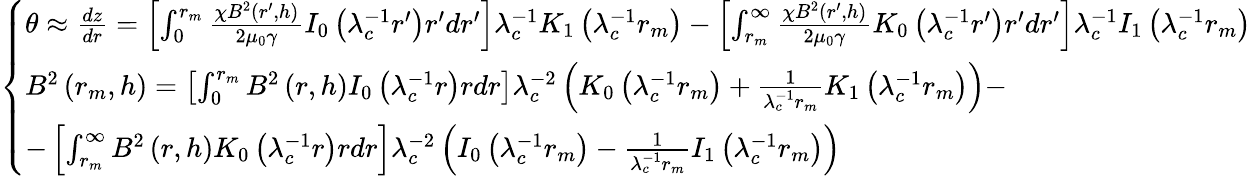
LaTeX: \left\{ \begin{array}{ll}{\theta\approx\frac{dz}{dr}=\left[\int_{0}^{r_{m}}\frac{\chi B^{2}\left(r^{\prime},h\right)}{2\mu_{0}\gamma}I_{0}\left(\lambda_{c}^{-1}r^{\prime}\right)r^{\prime}dr^{\prime}\right]\lambda_{c}^{-1}K_{1}\left(\lambda_{c}^{-1}r_{m}\right)-\left[\int_{r_{m}}^{\infty}\frac{\chi B^{2}\left(r^{\prime},h\right)}{2\mu_{0}\gamma}K_{0}\left(\lambda_{c}^{-1}r^{\prime}\right)r^{\prime}dr^{\prime}\right]\lambda_{c}^{-1}I_{1}\left(\lambda_{c}^{-1}r_{m}\right)}\\ {B^{2}\left(r_{m},h\right)=\left[\int_{0}^{r_{m}}B^{2}\left(r,h\right)I_{0}\left(\lambda_{c}^{-1}r\right)rdr\right]\lambda_{c}^{-2}\left(K_{0}\left(\lambda_{c}^{-1}r_{m}\right)+\frac{1}{\lambda_{c}^{-1}r_{m}}K_{1}\left(\lambda_{c}^{-1}r_{m}\right)\right)-}\\ {-\left[\int_{r_{m}}^{\infty}B^{2}\left(r,h\right)K_{0}\left(\lambda_{c}^{-1}r\right)rdr\right]\lambda_{c}^{-2}\left(I_{0}\left(\lambda_{c}^{-1}r_{m}\right)-\frac{1}{\lambda_{c}^{-1}r_{m}}I_{1}\left(\lambda_{c}^{-1}r_{m}\right)\right)}\end{array}\right.